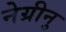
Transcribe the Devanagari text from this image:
नेग्रीनु